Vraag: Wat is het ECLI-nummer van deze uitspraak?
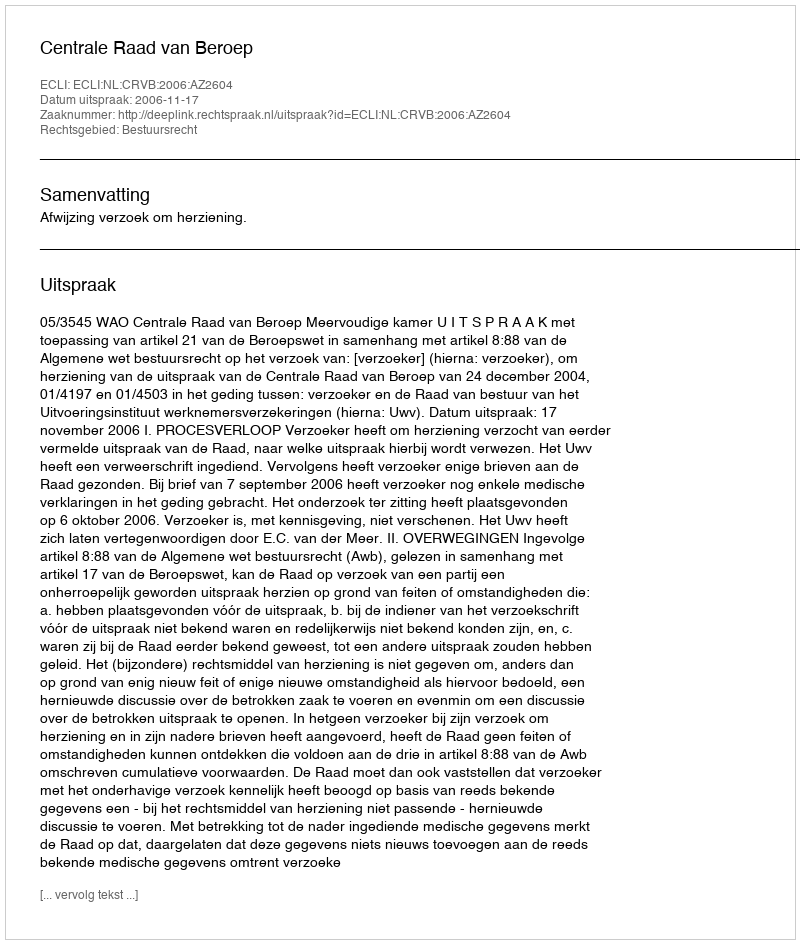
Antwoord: ECLI:NL:CRVB:2006:AZ2604